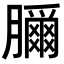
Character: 𦢣